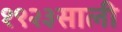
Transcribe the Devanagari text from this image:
१९२३साली